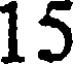
15